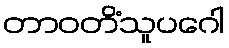
တာဝတိံသူပဂေါ